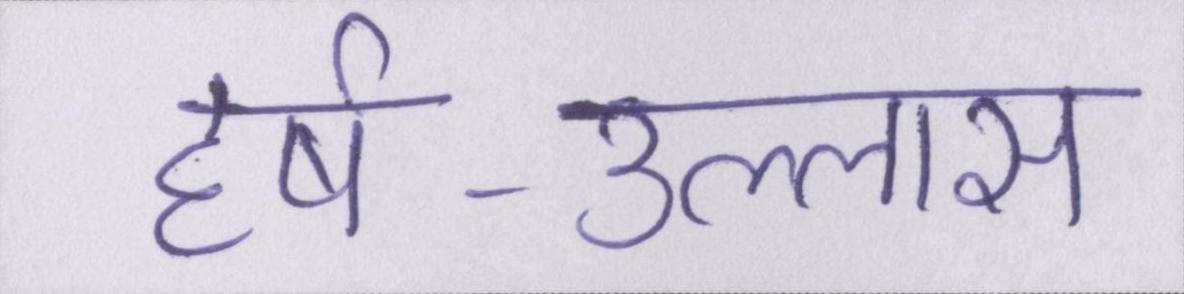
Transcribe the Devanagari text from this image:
हर्ष-उल्लास